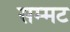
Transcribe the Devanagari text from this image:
सम्मट